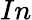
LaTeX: In